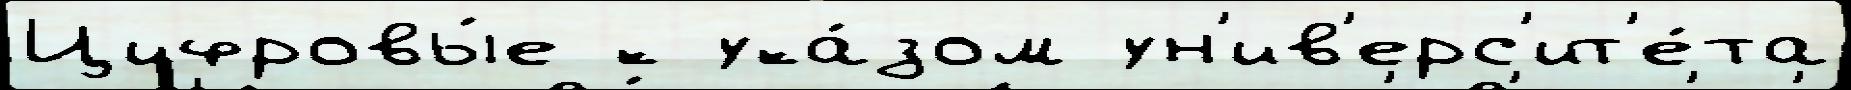
Цифровы́е к ука́зом ун'ив'ерс'ит'е́та